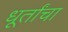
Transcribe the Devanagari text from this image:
धूर्तांचा